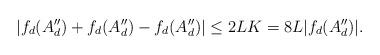
LaTeX: \begin{align*}|f_d(A_d'')+ f_d(A_d'') - f_d(A_d'') | \leq 2LK=8L|f_d(A_d'')|.\end{align*}